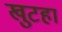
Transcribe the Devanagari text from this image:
खुटहा